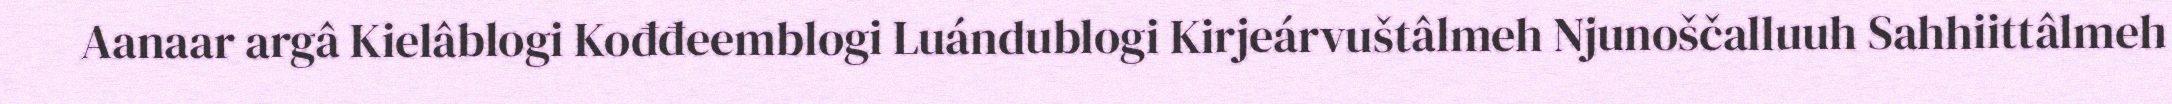
Aanaar argâ Kielâblogi Kođđeemblogi Luándublogi Kirjeárvuštâlmeh Njunoščalluuh Sahhiittâlmeh